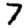
Digit: 7